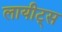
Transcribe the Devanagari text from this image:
लायीट्स